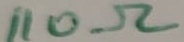
Text: 110Ω